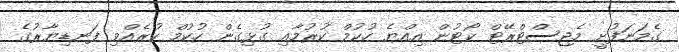
ގެމަނަފުށީ މެޖިސްޓްރޭޓް ކޯޓުން އިއްޔެ ހުކުމް ކުރުމާއި ގުޅިގެން ހުކުމް ކުރެއްވި ފަނޑިޔާރުގެ